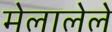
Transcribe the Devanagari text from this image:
मेलालेले